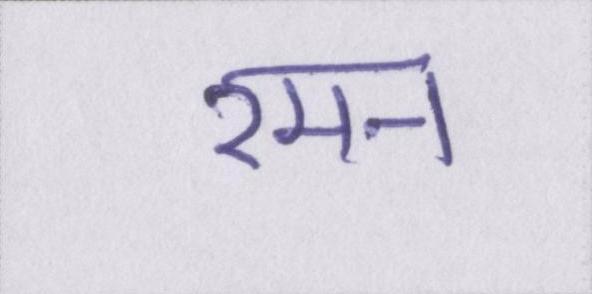
रमन